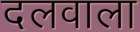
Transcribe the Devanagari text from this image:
दलवाला